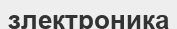
злектроника